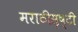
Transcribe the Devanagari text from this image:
मराठीसृष्टी